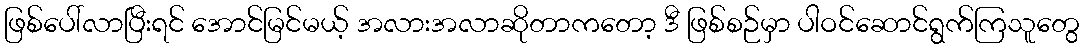
ဖြစ်ပေါ်လာပြီးရင် အောင်မြင်မယ့် အလားအလာဆိုတာကတော့ ဒီ ဖြစ်စဉ်မှာ ပါဝင်ဆောင်ရွက်ကြသူတွေ